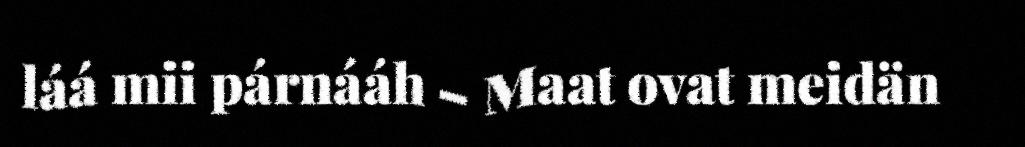
láá mii párnááh – Maat ovat meidän